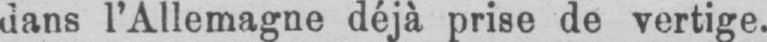
dans l’Allemagne déjà prise de vertige.